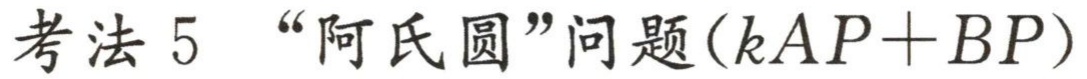
考法 5 “阿氏圆”问题\((kAP + BP)\)